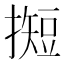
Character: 𢵦